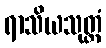
ရာသိယသုတ္တံ